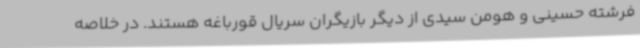
فرشته حسینی و هومن سیدی از دیگر بازیگران سریال قورباغه هستند. در خلاصه